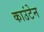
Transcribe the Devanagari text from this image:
काउंटेन